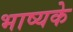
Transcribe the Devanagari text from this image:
भाष्यके